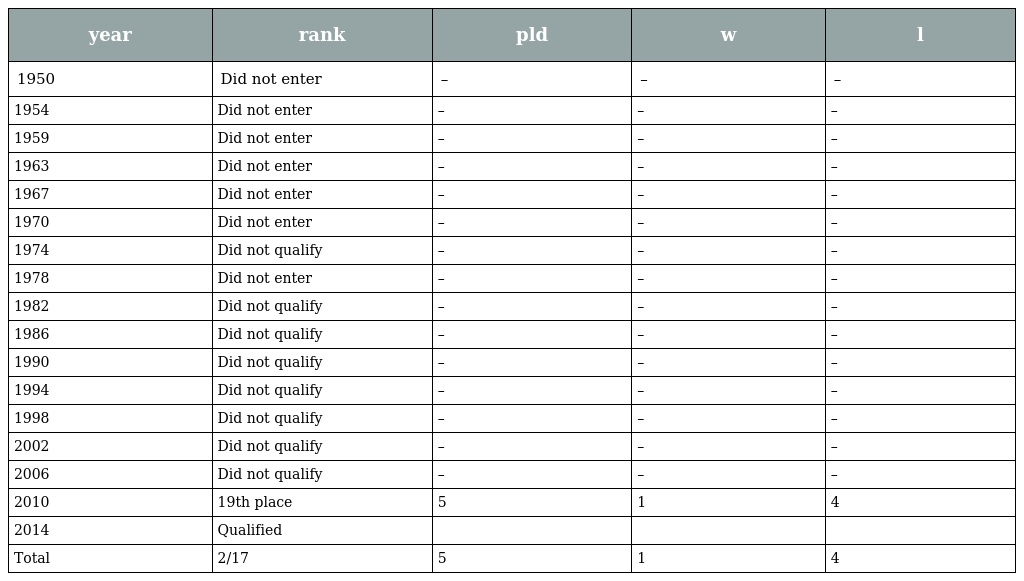
| year | rank | pld | w | l |
 | --- | --- | --- | --- | --- |
 | 1950 | Did not enter | – | – | – |
 | 1954 | Did not enter | – | – | – |
 | 1959 | Did not enter | – | – | – |
 | 1963 | Did not enter | – | – | – |
 | 1967 | Did not enter | – | – | – |
 | 1970 | Did not enter | – | – | – |
 | 1974 | Did not qualify | – | – | – |
 | 1978 | Did not enter | – | – | – |
 | 1982 | Did not qualify | – | – | – |
 | 1986 | Did not qualify | – | – | – |
 | 1990 | Did not qualify | – | – | – |
 | 1994 | Did not qualify | – | – | – |
 | 1998 | Did not qualify | – | – | – |
 | 2002 | Did not qualify | – | – | – |
 | 2006 | Did not qualify | – | – | – |
 | 2010 | 19th place | 5 | 1 | 4 |
 | 2014 | Qualified |  |  |  |
 | Total | 2/17 | 5 | 1 | 4 |